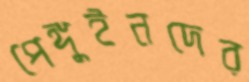
পেঙ্গুইনদের